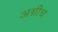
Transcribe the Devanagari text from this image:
अग्नीच